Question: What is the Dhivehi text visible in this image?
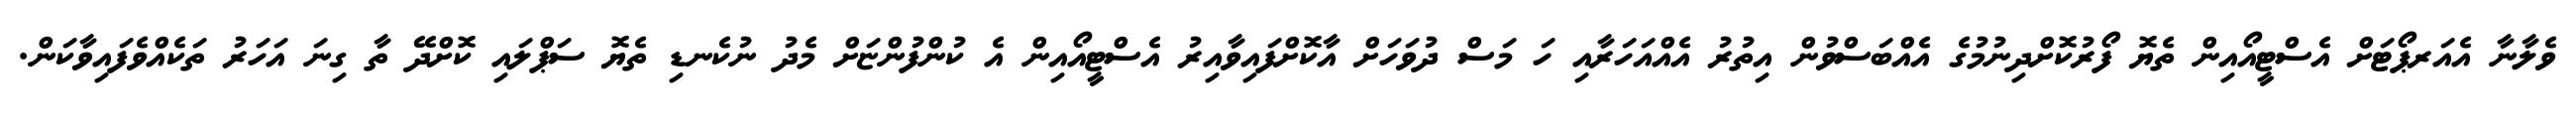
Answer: ވެލާނާ އެއަރޕޯޓަށް އެސްޓީއޯއިން ތެޔޮ ފޯރުކޮށްދިނުމުގެ އެއްބަސްވުން އިތުރު އެއްއަހަރާއި ހަ މަސް ދުވަހަށް އާކޮށްފައިވާއިރު އެސްޓީއޯއިން އެ ކުންފުންޏަށް މެދު ނުކެނޑި ތެޔޮ ސަޕްލައި ކޮށްދޭ ތާ ގިނަ އަހަރު ތަކެއްވެފައިވާކަން.